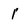
Character: 1